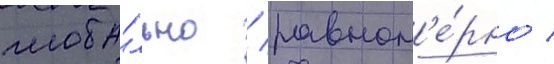
глоба́льно / равном'е́рно /